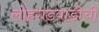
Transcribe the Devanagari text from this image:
लोहगडवाडीची